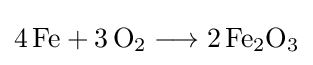
{4\,\mathrm {Fe} {}+{}3\,\mathrm {O} {\vphantom {A}}_{\smash[{t}]{2}}{}\mathrel {\longrightarrow } {}2\,\mathrm {Fe} {\vphantom {A}}_{\smash[{t}]{2}}\mathrm {O} {\vphantom {A}}_{\smash[{t}]{3}}}